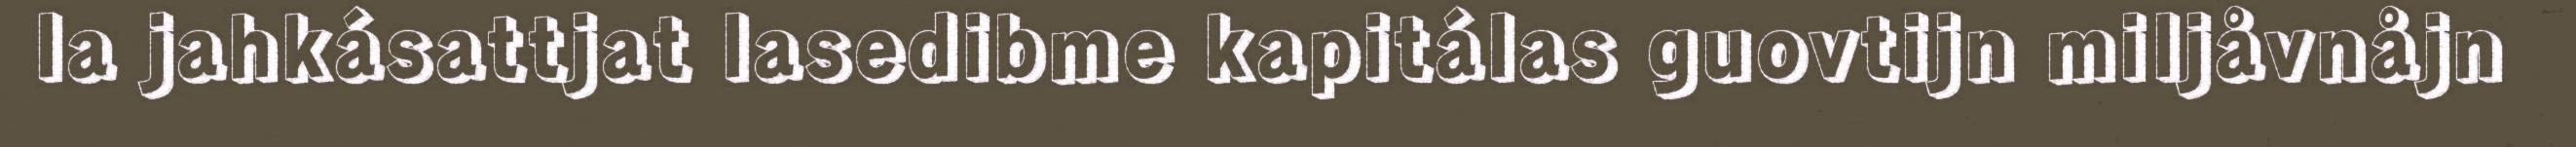
la jahkásattjat lasedibme kapitálas guovtijn miljåvnåjn